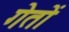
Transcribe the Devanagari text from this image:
गेतों